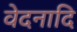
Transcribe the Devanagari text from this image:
वेदनादि